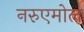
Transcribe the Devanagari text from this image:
नरुएमोल